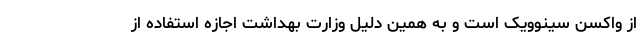
از واکسن سینوویک است و به همین دلیل وزارت بهداشت اجازه استفاده از